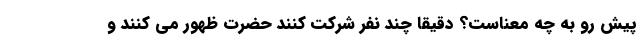
پیش رو به چه معناست؟ دقیقاً چند نفر شرکت کنند حضرت ظهور می کنند و